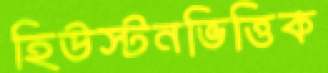
হিউস্টনভিত্তিক